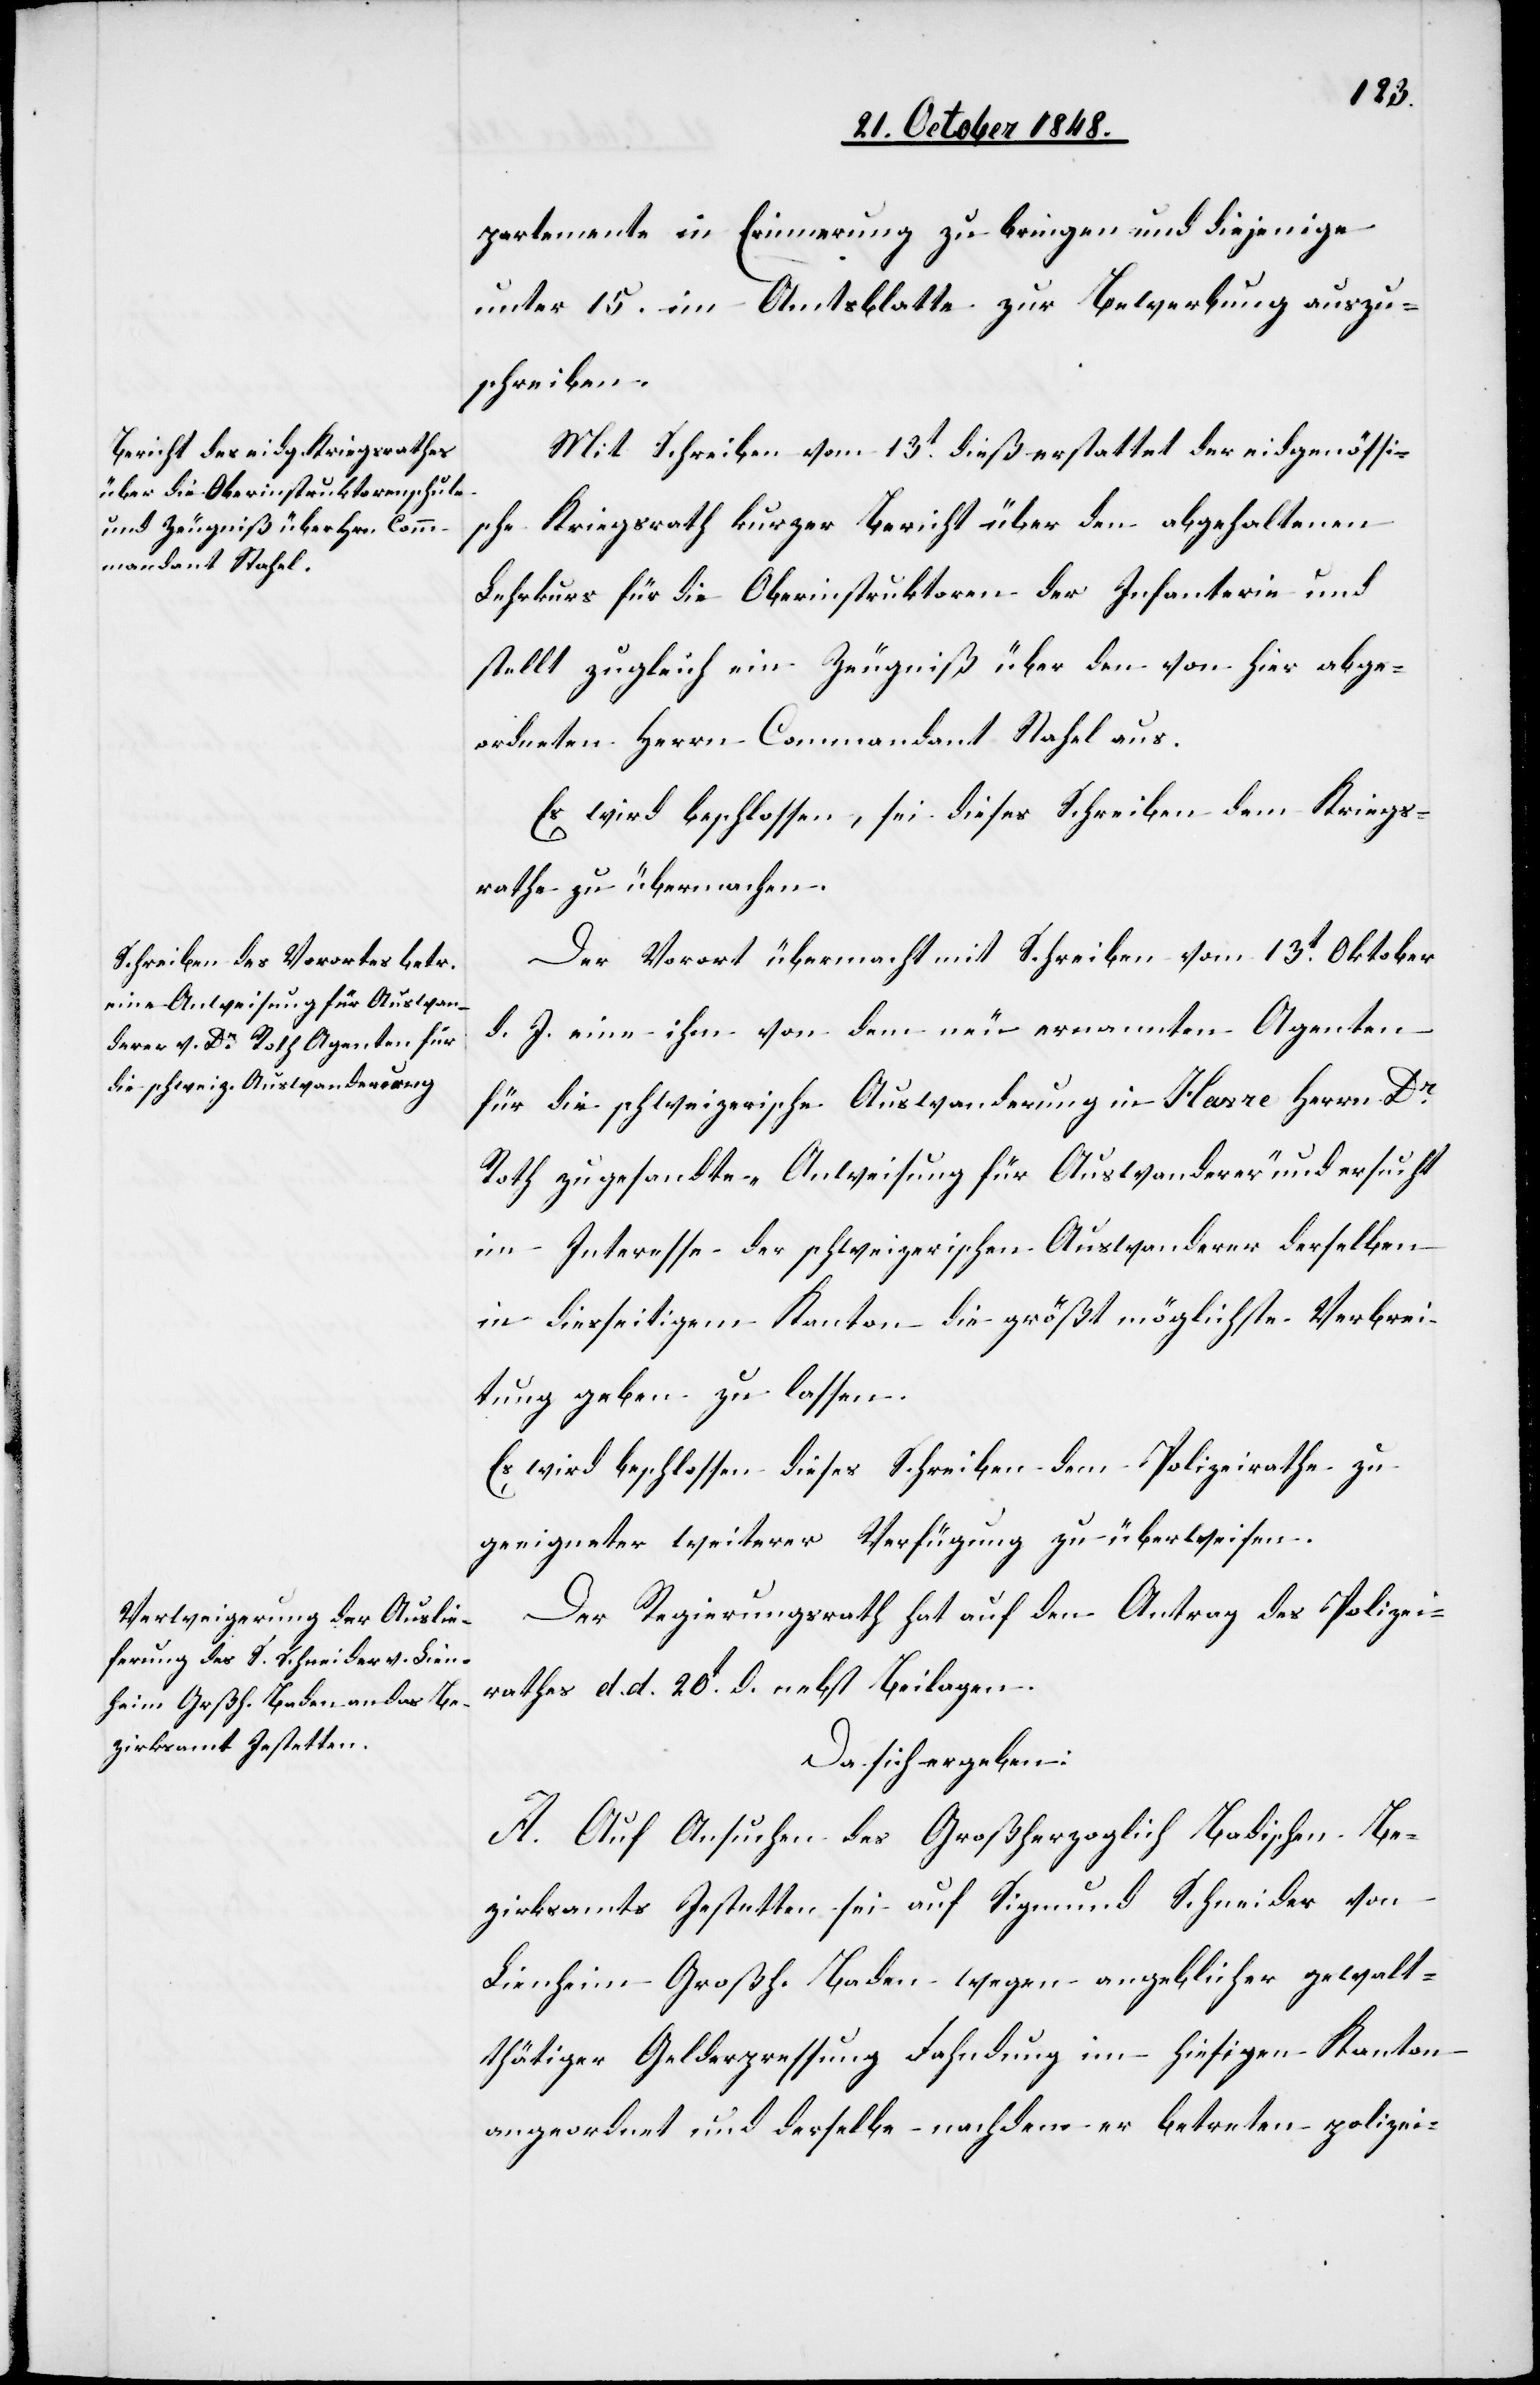
partemente in Erinnerung zu bringen und diejenige
unter 15. im Amtsblatte zur Bewerbung auszu¬
schreiben.
Mit Schreiben vom 13t dieß erstattet der eidgenössi¬
sche Kriegsrath kurzen Bericht über den abgehaltenen
Lehrkurs für die Oberinstruktoren der Infanterie und
stellt zugleich ein Zeugniß über den von hier abge¬
ordneten Herrn Commandant Stahel aus.
Es wird beschlossen, sei dieses Schreiben dem Kriegs¬
rathe zu übermachen.
Der Vorort übermacht mit Schreiben vom 13t Oktober
d. J. eine ihm von dem neu ernannten Agenten
für die schweizerische Auswanderung in Havre Herrn Dr
Roth zugesandte „Anweisung für Auswanderer“ und ersucht
im Interesse der schweizerischen Auswanderer derselben
in diesseitigem Kanton die größt möglichste Verbrei¬
tung geben zu lassen.
Es wird beschlossen dieses Schreiben dem Polizeirathe zu
geeigneter weiterer Verfügung zu überweisen.
Der Regierungsrath hat auf den Antrag des Polizei¬
rathes d. d. 20t d. nebst Beilagen.
Da sich ergeben:
A. Auf Ansuchen des Großherzoglich Badischen Be¬
zirksamts Jestetten sei auf Sigmund Schneider von
Lienheim Großh. Baden wegen angeblicher gewalt¬
thätiger Gelderpressung Fahndung im hiesigen Kanton
angeordnet und derselbe – nachdem er betreten, polizei-